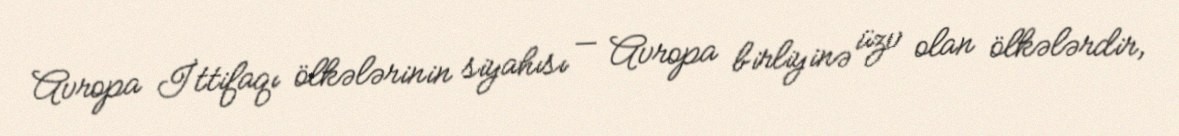
Avropa İttifaqı ölkələrinin siyahısı — Avropa birliyinə üzv olan ölkələrdir,